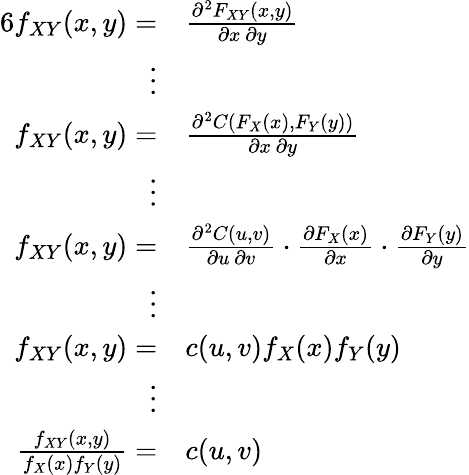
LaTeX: {\begin{array}{rl}{{6}f_{XY}(x,y)=}&{{\frac{\partial^{2}F_{XY}(x,y)}{\partial x\, \partial y}}}\\ {\vdots}\\ {f_{XY}(x,y)=}&{{\frac{\partial^{2}C(F_{X}(x),F_{Y}(y))}{\partial x\, \partial y}}}\\ {\vdots}\\ {f_{XY}(x,y)=}&{{\frac{\partial^{2}C(u,v)}{\partial u\, \partial v}}\cdot{\frac{\partial F_{X}(x)}{\partial x}}\cdot{\frac{\partial F_{Y}(y)}{\partial y}}}\\ {\vdots}\\ {f_{XY}(x,y)=}&{c(u,v)f_{X}(x)f_{Y}(y)}\\ {\vdots}\\ {{\frac{f_{XY}(x,y)}{f_{X}(x)f_{Y}(y)}}=}&{c(u,v)}\end{array}}